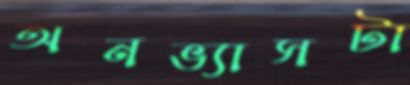
অনভ্যাসটা